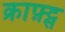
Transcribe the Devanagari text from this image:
क्राफ़्ट्स